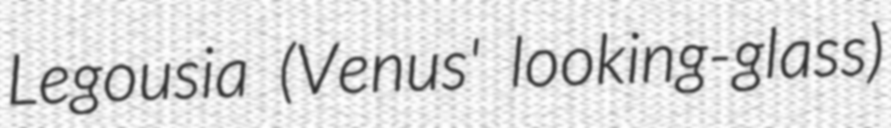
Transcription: Legousia (Venus' looking-glass)